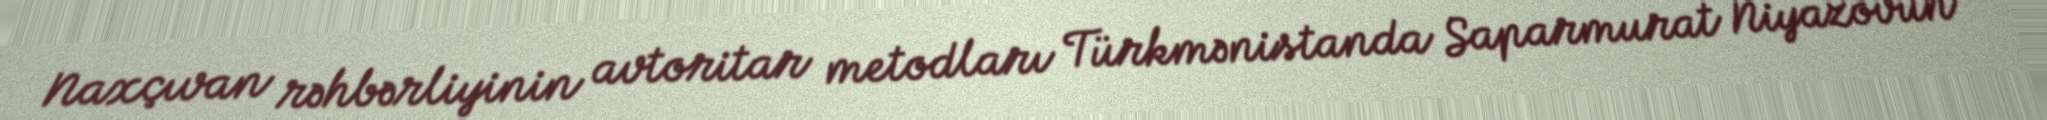
Naxçıvan rəhbərliyinin avtoritar metodları Türkmənistanda Saparmurat Niyazovun